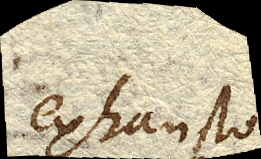
exhausto